Report of the Bombay Veterinary College
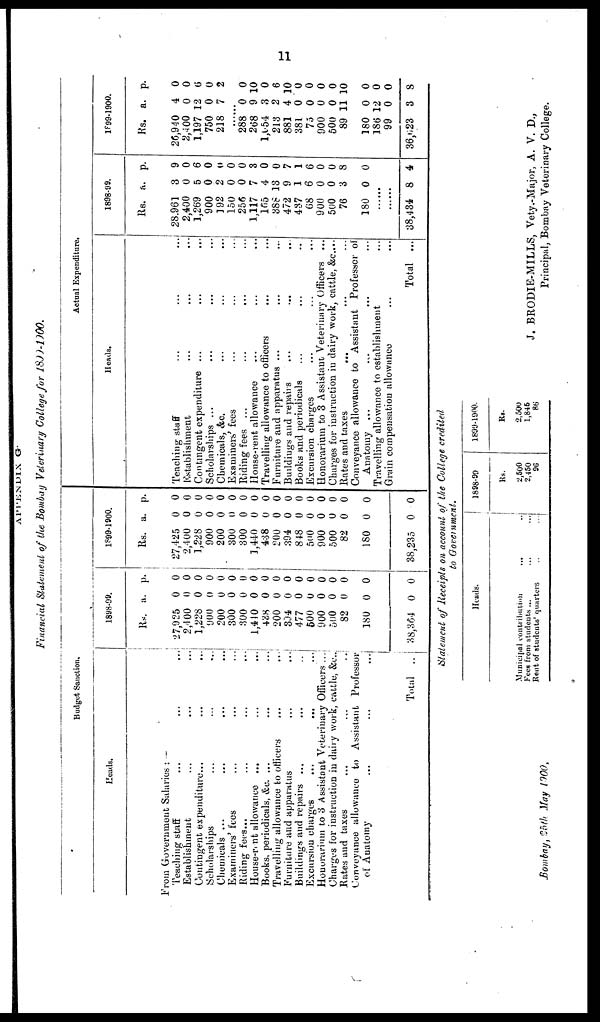
11
APPENDIX G.
Financial Statement of the Bombay Veterinary College for 1899-1900.
Heads.
From Government Salaries : —
Teaching staff
... ...
Establishment
...
...
Contingent expenditure...
...
...
Scholarships
... ...
Chemicals ...
...
...
Examiners' fees
...
...
Riding fees...
...
...
House-rent allowance ...
...
...
Books, periodicals, &c. ...
...
...
Travelling allowance to officers
...
...
Furniture and apparatus
...
...
Buildings and repairs ...
...
Excursion charges
...
...
...
Honorarium to 3 Assistant Veterinary Officers ...
Charges for instruction in dairy work, cattle, &c..
Rates and taxes
...
...
Conveyance allowance to Assistant Professor
of Anatomy
...
...
Total ...
1898-99.
Rs.
27,925
2,400
1,228
900
200
300
300
1,440
438
200
394
477
500
900
500
82
180
38,364
a.
0
0
0
0
0
0
0
0
0
0
0
0
0
0
0
0
0
0
p.
0
0
0
0
0
0
0
0
0
0
0
0
0
0
0
0
0
0
1899-1900.
Rs.
27,425
2,400
1,228
900
200
300
300
1,440
438
200
394
848
500
900
500
82
180
38,235
a.
0
0
0
0
0
0
0
0
0
0
0
0
0
0
0
0
0
0
p.
0
0
0
0
0
0
0
0
0
0
0
0
0
0
0
0
0
0
Actual Expenditure.
Heads.
Teaching staff
Establishment
Contingent expenditure ...
Scholarships ...
Chemicals, &c.
Examiners' fees
Riding fees ...
House-rent allowance
Travelling allowance to officers
Furniture and apparatus ...
Buildings and repairs
...
Books and periodicals
Excursion charges
Honorarium to 3 Assistant Veterinary
Charges for instruction in dairy work,
Rates and taxes
...
Conveyance allowance to Assistant
Anatomy ...
Travelling allowance to establishment
Grain compensation allowance
...
...
...
...
...
...
...
...
...
...
...
...
...
...
...
...
...
...
...
...
Officers ...
cattle, &c...
...
Professor of
...
...
...
Total ...
1898-99.
Rs.
28,961
2,400
1,269
900
192
150
256
1,117
165
388
472
437
68
900
500
76
180
......
......
38,434
a.
3
0
5
0
2
0
0
7
4
13
9
1
6
0
0
3
0
8
p.
9
0
6
0
0
0
0
3
0
0
7
1
6
0
0
8
0
4
1899-1900.
Rs.
26,940
2,400
1,197
750
218
......
288
268
l,054
213
881
381
75
900
500
89
180
186
99
36,623
a.
4
0
12
0
7
0
9
3
2
4
0
0
0
0
11
0
12
0
3
p.
0
0
6
0
2
0
10
0
6
10
0
0
0
0
10
0
0
0
8
Statement of Receipts on account of the College credited
to Government,
Heads.
Municipal contribution
...
Fees from students ... ...
Rent of students' quarters ...
...
...
...
1898-99
Rs.
2,500
2,450
96
1899-1900.
Rs.
2,500
1,845
86
Bombay, 25th May 1900.
J. BRODIE-MILLS, Vety.-Major, A. V. D.,
Principal, Bombay Veterinary College.